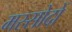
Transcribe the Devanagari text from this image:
मस्सोदों